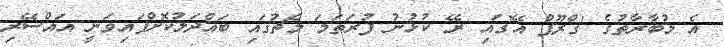
އެ މުބާރާތުގެ 'ގްރޫޕް އޭ'ގައި ރޭ ކުޅުނު ފުރަތަމަ މެޗުގައި ބައްދަލުކޮށްފައިވަނީ އައްސޭރި